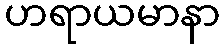
ဟရာယမာနာ